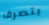
بتصرف